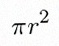
\pi r^2